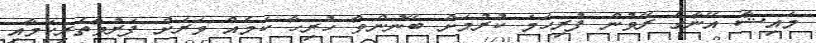
މައިޝާ އޭނާގެ ރޭވުން ފުރިހަމަ ކުރުމަށް ބޭނުންވާ ހުރިހާ ކަމެއް ވަރަށް ފަރުވާތެރިކަމާއި